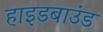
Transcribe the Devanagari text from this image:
हाइडबाउंड